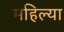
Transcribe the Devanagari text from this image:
महिल्या